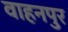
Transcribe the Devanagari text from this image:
वाहनपुर